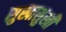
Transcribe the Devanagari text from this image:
सुखासुखी